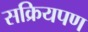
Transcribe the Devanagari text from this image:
सक्रियपण